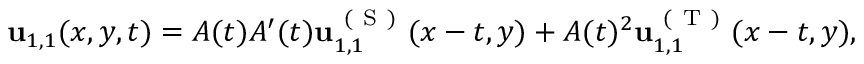
\begin{array} { r } { \mathbf { u } _ { 1 , 1 } ( x , y , t ) = A ( t ) A ^ { \prime } ( t ) \mathbf { u } _ { 1 , 1 } ^ { \mathrm { ~ ( ~ S ~ ) ~ } } ( x - t , y ) + A ( t ) ^ { 2 } \mathbf { u } _ { 1 , 1 } ^ { \mathrm { ~ ( ~ T ~ ) ~ } } ( x - t , y ) , } \end{array}